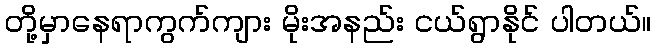
တို့မှာနေရာကွက်ကျား မိုးအနည်း ငယ်ရွာနိုင် ပါတယ်။